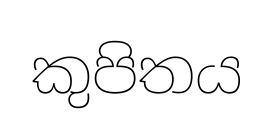
කුපිතය